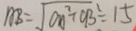
A B = \sqrt { a n ^ { 2 } + C B ^ { 2 } } = 1 5